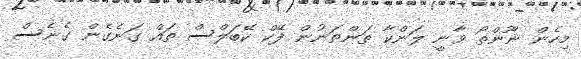
މިހެން ނޫންތޯ ވާނީ ލަންކާ ތަންތަނުން ފޭކް ކޭބަލްސް ތައް ގަނެގެން ގެނެސް